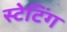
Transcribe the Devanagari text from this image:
स्टेटिंग